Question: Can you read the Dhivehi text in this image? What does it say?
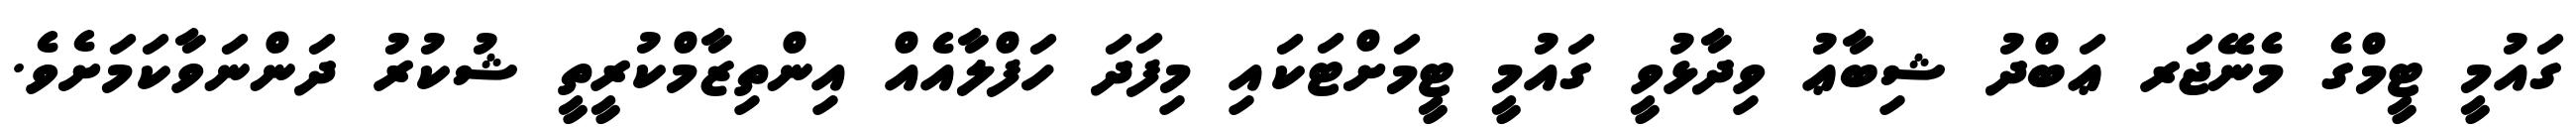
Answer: ގައުމީ ޓީމްގެ މެނޭޖަރ ޢަބްދު ޝިބާޢު ވިދާޅުވީ ގައުމީ ޓީމަށްޓަކައި މިފަދަ ހަފްލާއެއް އިންތިޒާމްކުރީތީ ޝުކުރު ދަންނަވާކަމަށެވެ.